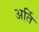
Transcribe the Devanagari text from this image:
अर्ति